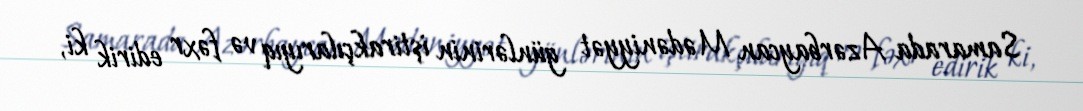
Samarada Azərbaycan Mədəniyyət günlərinin iştirakçılarıyıq və fəxr edirik ki,